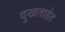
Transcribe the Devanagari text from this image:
दुखताहेत